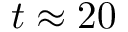
t \approx 2 0